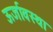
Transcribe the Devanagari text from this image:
ऊर्जावस्था